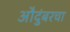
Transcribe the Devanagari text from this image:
औदुंबरचा